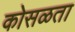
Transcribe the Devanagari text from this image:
कोसळता